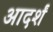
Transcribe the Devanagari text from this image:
आदर्शं